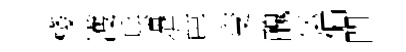
棧濩兵邉琶变醜怯偏閏